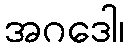
အဂဒေါ၊